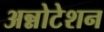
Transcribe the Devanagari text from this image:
अन्नोटेशन